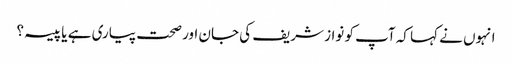
انہوں نے کہا کہ آپ کو نواز شریف کی جان اور صحت پیاری ہے یا پیسہ؟